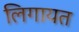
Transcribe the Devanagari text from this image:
लिगायत